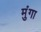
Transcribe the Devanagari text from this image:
मुंगा